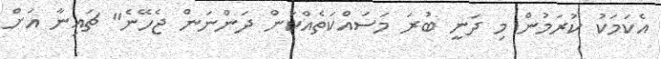
އެކަމަކު ކުރަމުން މި ދަނީ ބުރަ މަސައްކަތެއްކަން ދަންނަން ޖެހޭނެ" ޗައިނާ އަށް